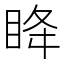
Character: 𫞳